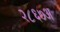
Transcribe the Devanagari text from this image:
२८६७अ